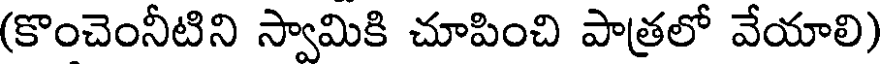
(కొంచెంనీటిని స్వామికి చూపించి పాత్రలో వేయాలి)